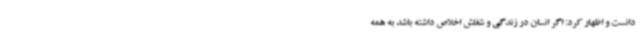
دانست و اظهار کرد: اگر انسان در زندگی و شغلش اخلاص داشته باشد به همه